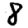
Digit: 8